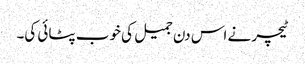
ٹیچر نے اس دن جمیل کی خوب پٹائی کی۔